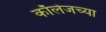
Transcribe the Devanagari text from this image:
काॅलेजच्या